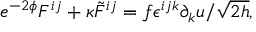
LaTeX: e ^ { - 2 \phi } F ^ { i j } + \kappa { \tilde { F } } ^ { i j } = f \epsilon ^ { i j k } \partial _ { k } u / \sqrt { 2 h } ,